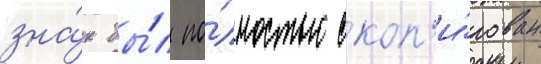
зна́к бы́л по́лностью скоп'и́рован